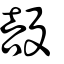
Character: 𣪥